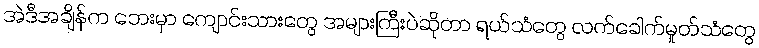
အဲဒီအချိန်က ဘေးမှာ ကျောင်းသားတွေ အများကြီးပဲဆိုတာ ရယ်သံတွေ လက်ခေါက်မှုတ်သံတွေ